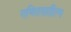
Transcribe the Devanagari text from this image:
गणितसाहित्य